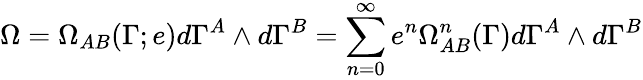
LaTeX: \Omega=\Omega_{AB}(\Gamma;e)d\Gamma^{A}\wedge d\Gamma^{B}=\sum_{n=0}^{\infty}e^{n}\Omega_{AB}^{n}(\Gamma)d\Gamma^{A}\wedge d\Gamma^{B}